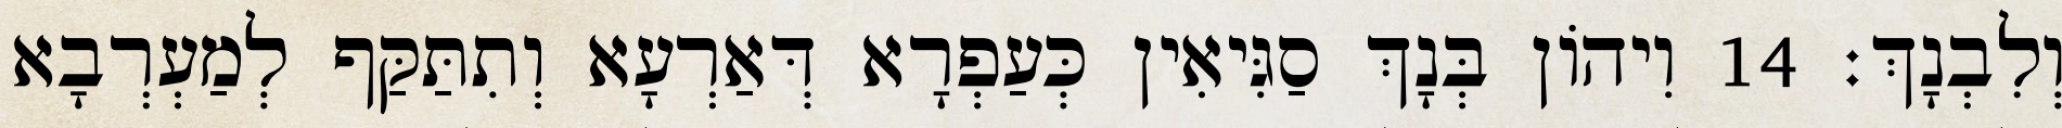
וְלִבְנָךְ׃ 14 וִיהוֹן בְּנָךְ סַגִּיאִין כְּעַפְרָא דְּאַרְעָא וְתִתַּקַּף לְמַעְרְבָא